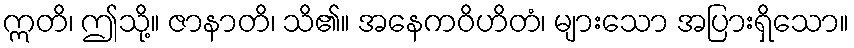
ဣတိ၊ ဤသို့။ ဇာနာတိ၊ သိ၏။ အနေကဝိဟိတံ၊ များသော အပြားရှိသော။